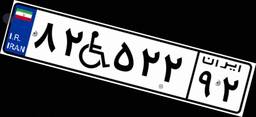
۸۲W۵۲۲۹۲